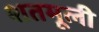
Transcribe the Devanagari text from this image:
शतमूली